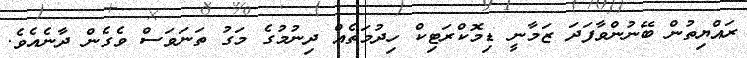
ރައްޔިތުން ބޭނުންވާފަދަ ޒަމާނީ ޑިމޮކްރަޓިކް ހިދުމަތެއް ދިނުމުގެ މަގު ތަނަވަސް ވެގެން ދާނެއެވެ.